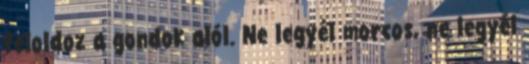
feloldoz a gondok alól. Ne legyél morcos, ne legyél